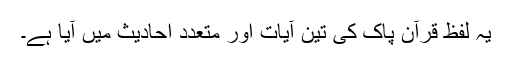
یہ لفظ قرآن پاک کی تین آیات اور متعدد احادیث میں آیا ہے۔